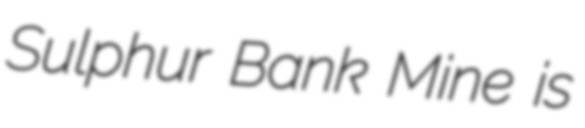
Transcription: Sulphur Bank Mine is